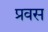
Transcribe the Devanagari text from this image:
प्रवस